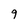
Character: 9